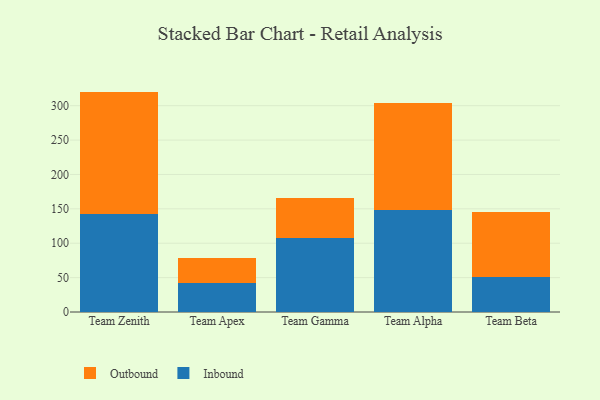
{"axis": {"x": "Team", "y": "Demand Index"}, "legend": ["Inbound", "Outbound"], "data": [{"x": "Team Zenith", "y": 142.6, "type": "Inbound"}, {"x": "Team Zenith", "y": 177.9, "type": "Outbound"}, {"x": "Team Apex", "y": 42.5, "type": "Inbound"}, {"x": "Team Apex", "y": 36.4, "type": "Outbound"}, {"x": "Team Gamma", "y": 107.9, "type": "Inbound"}, {"x": "Team Gamma", "y": 58.2, "type": "Outbound"}, {"x": "Team Alpha", "y": 148.4, "type": "Inbound"}, {"x": "Team Alpha", "y": 156.1, "type": "Outbound"}, {"x": "Team Beta", "y": 51.1, "type": "Inbound"}, {"x": "Team Beta", "y": 94.0, "type": "Outbound"}]}